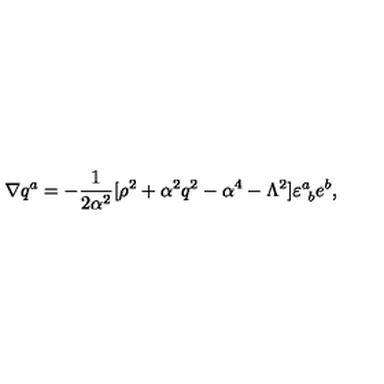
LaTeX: \nabla q ^ { a } = - { \frac { 1 } { 2 { \alpha } ^ { 2 } } } [ \rho ^ { 2 } + \alpha ^ { 2 } q ^ { 2 } - \alpha ^ { 4 } - \Lambda ^ { 2 } ] \varepsilon _ { \ b } ^ { a } e ^ { b } ,